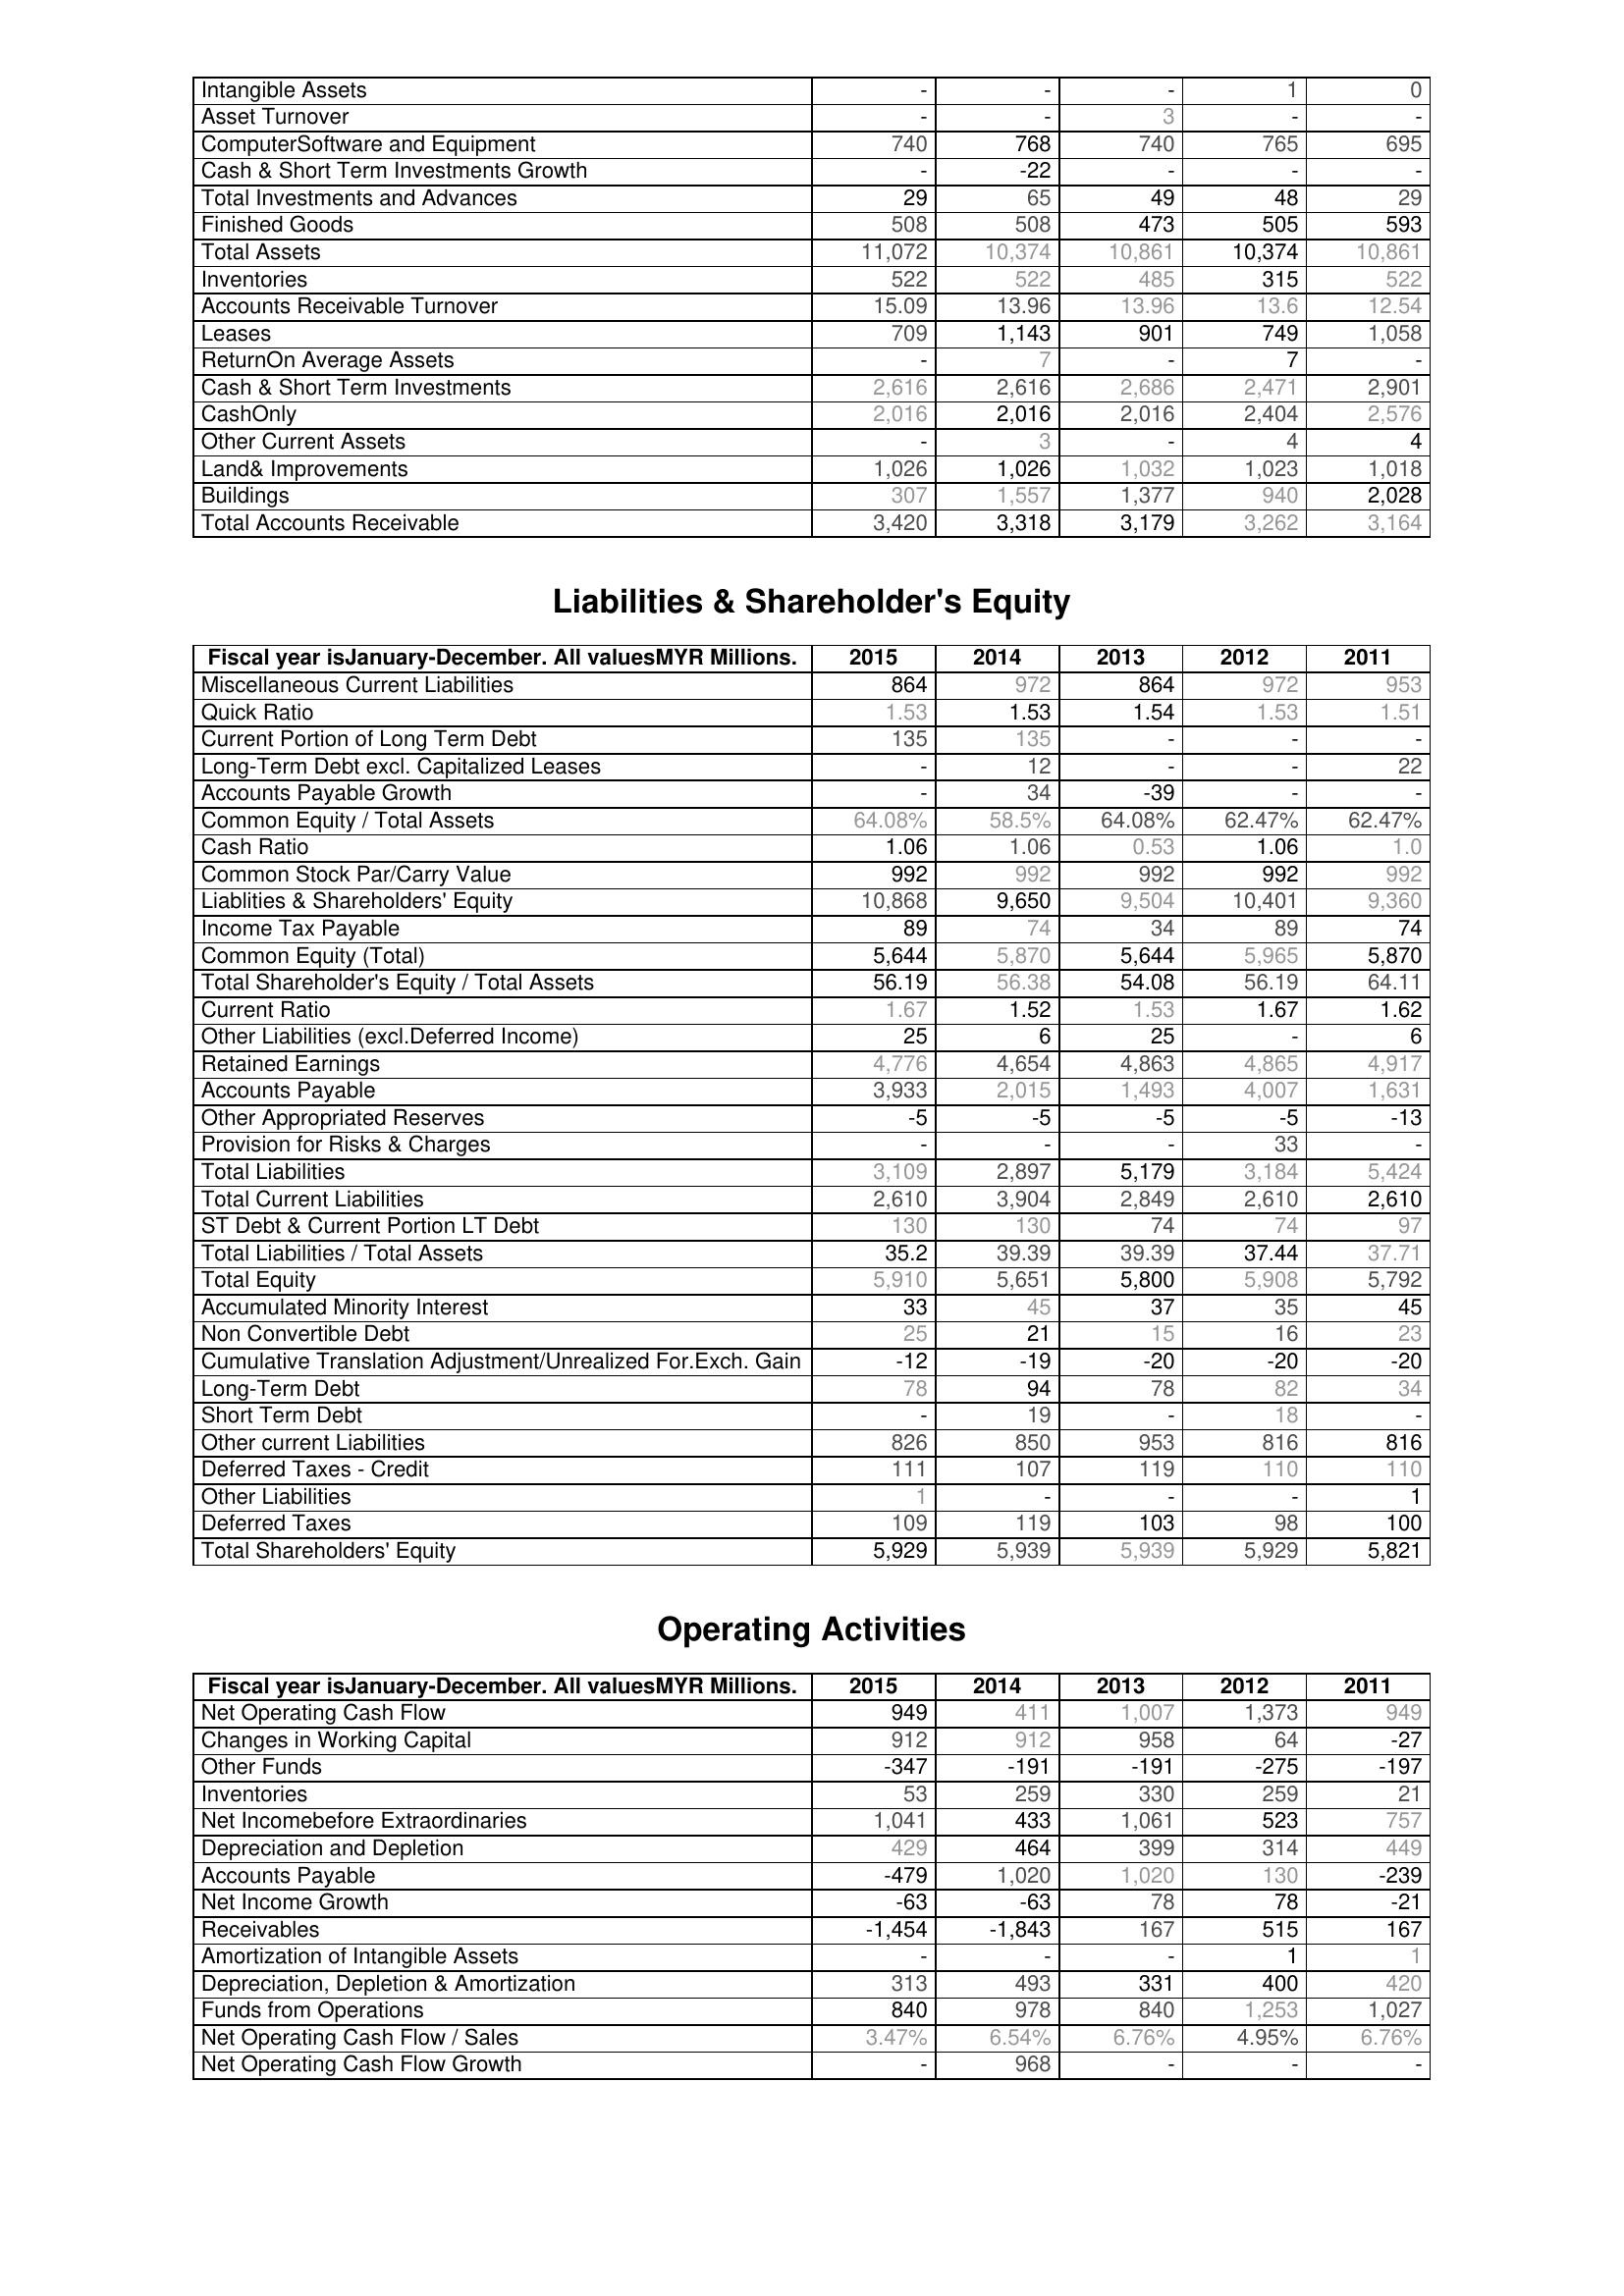
2015: Assets: Intangible Assets: -
Asset Turnover: -
ComputerSoftware and Equipment: 740
Cash & Short Term Investments Growth: -
Total Investments and Advances: 29
Finished Goods: 508
Total Assets: 11,072
Inventories: 522
Accounts Receivable Turnover: 15.09
Leases: 709
ReturnOn Average Assets: -
Cash & Short Term Investments: 2,616
CashOnly: 2,016
Other Current Assets: -
Land& Improvements: 1,026
Buildings: 307
Total Accounts Receivable: 3,420
Liabilities & Shareholder's Equity: Miscellaneous Current Liabilities: 864
Quick Ratio: 1.53
Current Portion of Long Term Debt: 135
Long-Term Debt excl. Capitalized Leases: -
Accounts Payable Growth: -
Common Equity / Total Assets: 64.08%
Cash Ratio: 1.06
Common Stock Par/Carry Value: 992
Liablities & Shareholders' Equity: 10,868
Income Tax Payable: 89
Common Equity (Total): 5,644
Total Shareholder's Equity / Total Assets: 56.19
Current Ratio: 1.67
Other Liabilities (excl.Deferred Income): 25
Retained Earnings: 4,776
Accounts Payable: 3,933
Other Appropriated Reserves: -5
Provision for Risks & Charges: -
Total Liabilities: 3,109
Total Current Liabilities: 2,610
ST Debt & Current Portion LT Debt: 130
Total Liabilities / Total Assets: 35.2
Total Equity: 5,910
Accumulated Minority Interest: 33
Non Convertible Debt: 25
Cumulative Translation Adjustment/Unrealized For.Exch. Gain: -12
Long-Term Debt: 78
Short Term Debt: -
Other current Liabilities: 826
Deferred Taxes - Credit: 111
Other Liabilities: 1
Deferred Taxes: 109
Total Shareholders' Equity: 5,929
Operating Activities: Net Operating Cash Flow: 949
Changes in Working Capital: 912
Other Funds: -347
Inventories: 53
Net Incomebefore Extraordinaries: 1,041
Depreciation and Depletion: 429
Accounts Payable: -479
Net Income Growth: -63
Receivables: -1,454
Amortization of Intangible Assets: -
Depreciation, Depletion & Amortization: 313
Funds from Operations: 840
Net Operating Cash Flow / Sales: 3.47%
Net Operating Cash Flow Growth: -
2014: Assets: Intangible Assets: -
Asset Turnover: -
ComputerSoftware and Equipment: 768
Cash & Short Term Investments Growth: -22
Total Investments and Advances: 65
Finished Goods: 508
Total Assets: 10,374
Inventories: 522
Accounts Receivable Turnover: 13.96
Leases: 1,143
ReturnOn Average Assets: 7
Cash & Short Term Investments: 2,616
CashOnly: 2,016
Other Current Assets: 3
Land& Improvements: 1,026
Buildings: 1,557
Total Accounts Receivable: 3,318
Liabilities & Shareholder's Equity: Miscellaneous Current Liabilities: 972
Quick Ratio: 1.53
Current Portion of Long Term Debt: 135
Long-Term Debt excl. Capitalized Leases: 12
Accounts Payable Growth: 34
Common Equity / Total Assets: 58.5%
Cash Ratio: 1.06
Common Stock Par/Carry Value: 992
Liablities & Shareholders' Equity: 9,650
Income Tax Payable: 74
Common Equity (Total): 5,870
Total Shareholder's Equity / Total Assets: 56.38
Current Ratio: 1.52
Other Liabilities (excl.Deferred Income): 6
Retained Earnings: 4,654
Accounts Payable: 2,015
Other Appropriated Reserves: -5
Provision for Risks & Charges: -
Total Liabilities: 2,897
Total Current Liabilities: 3,904
ST Debt & Current Portion LT Debt: 130
Total Liabilities / Total Assets: 39.39
Total Equity: 5,651
Accumulated Minority Interest: 45
Non Convertible Debt: 21
Cumulative Translation Adjustment/Unrealized For.Exch. Gain: -19
Long-Term Debt: 94
Short Term Debt: 19
Other current Liabilities: 850
Deferred Taxes - Credit: 107
Other Liabilities: -
Deferred Taxes: 119
Total Shareholders' Equity: 5,939
Operating Activities: Net Operating Cash Flow: 411
Changes in Working Capital: 912
Other Funds: -191
Inventories: 259
Net Incomebefore Extraordinaries: 433
Depreciation and Depletion: 464
Accounts Payable: 1,020
Net Income Growth: -63
Receivables: -1,843
Amortization of Intangible Assets: -
Depreciation, Depletion & Amortization: 493
Funds from Operations: 978
Net Operating Cash Flow / Sales: 6.54%
Net Operating Cash Flow Growth: 968
2013: Assets: Intangible Assets: -
Asset Turnover: 3
ComputerSoftware and Equipment: 740
Cash & Short Term Investments Growth: -
Total Investments and Advances: 49
Finished Goods: 473
Total Assets: 10,861
Inventories: 485
Accounts Receivable Turnover: 13.96
Leases: 901
ReturnOn Average Assets: -
Cash & Short Term Investments: 2,686
CashOnly: 2,016
Other Current Assets: -
Land& Improvements: 1,032
Buildings: 1,377
Total Accounts Receivable: 3,179
Liabilities & Shareholder's Equity: Miscellaneous Current Liabilities: 864
Quick Ratio: 1.54
Current Portion of Long Term Debt: -
Long-Term Debt excl. Capitalized Leases: -
Accounts Payable Growth: -39
Common Equity / Total Assets: 64.08%
Cash Ratio: 0.53
Common Stock Par/Carry Value: 992
Liablities & Shareholders' Equity: 9,504
Income Tax Payable: 34
Common Equity (Total): 5,644
Total Shareholder's Equity / Total Assets: 54.08
Current Ratio: 1.53
Other Liabilities (excl.Deferred Income): 25
Retained Earnings: 4,863
Accounts Payable: 1,493
Other Appropriated Reserves: -5
Provision for Risks & Charges: -
Total Liabilities: 5,179
Total Current Liabilities: 2,849
ST Debt & Current Portion LT Debt: 74
Total Liabilities / Total Assets: 39.39
Total Equity: 5,800
Accumulated Minority Interest: 37
Non Convertible Debt: 15
Cumulative Translation Adjustment/Unrealized For.Exch. Gain: -20
Long-Term Debt: 78
Short Term Debt: -
Other current Liabilities: 953
Deferred Taxes - Credit: 119
Other Liabilities: -
Deferred Taxes: 103
Total Shareholders' Equity: 5,939
Operating Activities: Net Operating Cash Flow: 1,007
Changes in Working Capital: 958
Other Funds: -191
Inventories: 330
Net Incomebefore Extraordinaries: 1,061
Depreciation and Depletion: 399
Accounts Payable: 1,020
Net Income Growth: 78
Receivables: 167
Amortization of Intangible Assets: -
Depreciation, Depletion & Amortization: 331
Funds from Operations: 840
Net Operating Cash Flow / Sales: 6.76%
Net Operating Cash Flow Growth: -
2012: Assets: Intangible Assets: 1
Asset Turnover: -
ComputerSoftware and Equipment: 765
Cash & Short Term Investments Growth: -
Total Investments and Advances: 48
Finished Goods: 505
Total Assets: 10,374
Inventories: 315
Accounts Receivable Turnover: 13.6
Leases: 749
ReturnOn Average Assets: 7
Cash & Short Term Investments: 2,471
CashOnly: 2,404
Other Current Assets: 4
Land& Improvements: 1,023
Buildings: 940
Total Accounts Receivable: 3,262
Liabilities & Shareholder's Equity: Miscellaneous Current Liabilities: 972
Quick Ratio: 1.53
Current Portion of Long Term Debt: -
Long-Term Debt excl. Capitalized Leases: -
Accounts Payable Growth: -
Common Equity / Total Assets: 62.47%
Cash Ratio: 1.06
Common Stock Par/Carry Value: 992
Liablities & Shareholders' Equity: 10,401
Income Tax Payable: 89
Common Equity (Total): 5,965
Total Shareholder's Equity / Total Assets: 56.19
Current Ratio: 1.67
Other Liabilities (excl.Deferred Income): -
Retained Earnings: 4,865
Accounts Payable: 4,007
Other Appropriated Reserves: -5
Provision for Risks & Charges: 33
Total Liabilities: 3,184
Total Current Liabilities: 2,610
ST Debt & Current Portion LT Debt: 74
Total Liabilities / Total Assets: 37.44
Total Equity: 5,908
Accumulated Minority Interest: 35
Non Convertible Debt: 16
Cumulative Translation Adjustment/Unrealized For.Exch. Gain: -20
Long-Term Debt: 82
Short Term Debt: 18
Other current Liabilities: 816
Deferred Taxes - Credit: 110
Other Liabilities: -
Deferred Taxes: 98
Total Shareholders' Equity: 5,929
Operating Activities: Net Operating Cash Flow: 1,373
Changes in Working Capital: 64
Other Funds: -275
Inventories: 259
Net Incomebefore Extraordinaries: 523
Depreciation and Depletion: 314
Accounts Payable: 130
Net Income Growth: 78
Receivables: 515
Amortization of Intangible Assets: 1
Depreciation, Depletion & Amortization: 400
Funds from Operations: 1,253
Net Operating Cash Flow / Sales: 4.95%
Net Operating Cash Flow Growth: -
2011: Assets: Intangible Assets: 0
Asset Turnover: -
ComputerSoftware and Equipment: 695
Cash & Short Term Investments Growth: -
Total Investments and Advances: 29
Finished Goods: 593
Total Assets: 10,861
Inventories: 522
Accounts Receivable Turnover: 12.54
Leases: 1,058
ReturnOn Average Assets: -
Cash & Short Term Investments: 2,901
CashOnly: 2,576
Other Current Assets: 4
Land& Improvements: 1,018
Buildings: 2,028
Total Accounts Receivable: 3,164
Liabilities & Shareholder's Equity: Miscellaneous Current Liabilities: 953
Quick Ratio: 1.51
Current Portion of Long Term Debt: -
Long-Term Debt excl. Capitalized Leases: 22
Accounts Payable Growth: -
Common Equity / Total Assets: 62.47%
Cash Ratio: 1.0
Common Stock Par/Carry Value: 992
Liablities & Shareholders' Equity: 9,360
Income Tax Payable: 74
Common Equity (Total): 5,870
Total Shareholder's Equity / Total Assets: 64.11
Current Ratio: 1.62
Other Liabilities (excl.Deferred Income): 6
Retained Earnings: 4,917
Accounts Payable: 1,631
Other Appropriated Reserves: -13
Provision for Risks & Charges: -
Total Liabilities: 5,424
Total Current Liabilities: 2,610
ST Debt & Current Portion LT Debt: 97
Total Liabilities / Total Assets: 37.71
Total Equity: 5,792
Accumulated Minority Interest: 45
Non Convertible Debt: 23
Cumulative Translation Adjustment/Unrealized For.Exch. Gain: -20
Long-Term Debt: 34
Short Term Debt: -
Other current Liabilities: 816
Deferred Taxes - Credit: 110
Other Liabilities: 1
Deferred Taxes: 100
Total Shareholders' Equity: 5,821
Operating Activities: Net Operating Cash Flow: 949
Changes in Working Capital: -27
Other Funds: -197
Inventories: 21
Net Incomebefore Extraordinaries: 757
Depreciation and Depletion: 449
Accounts Payable: -239
Net Income Growth: -21
Receivables: 167
Amortization of Intangible Assets: 1
Depreciation, Depletion & Amortization: 420
Funds from Operations: 1,027
Net Operating Cash Flow / Sales: 6.76%
Net Operating Cash Flow Growth: -